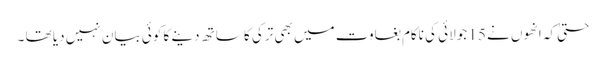
حتیٰ کہ انھوں نے 15 جولائی کی ناکام بغاوت میں بھی ترکی کا ساتھ دینے کا کوئی بیان نہیں دیا تھا ۔